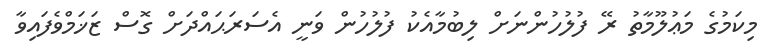
މިކަމުގެ މަޢުލޫމާތު ރޭ ފުލުހުންނަށް ލިބުމާއެކު ފުލުހުން ވަނީ އެސަރަޙައްދަށް ގޮސް ޒަޚަމްވެފައިވާ